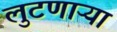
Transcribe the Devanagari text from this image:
लुटणाऱ्या